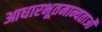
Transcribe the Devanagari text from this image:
आधारभूतमान्यताओं